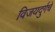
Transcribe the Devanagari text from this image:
विजयदुर्गचे